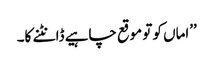
’’اماں کو تو موقع چاہیے ڈانٹنے کا۔